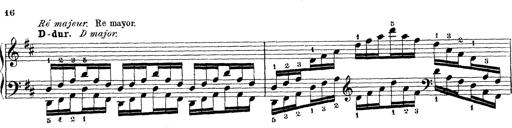
Title: Technische Studien
Composer: Franz Liszt